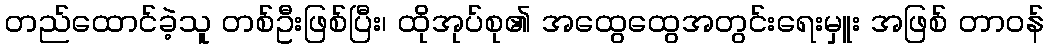
တည်ထောင်ခဲ့သူ တစ်ဦးဖြစ်ပြီး၊ ထိုအုပ်စု၏ အထွေထွေအတွင်းရေးမှူး အဖြစ် တာဝန်